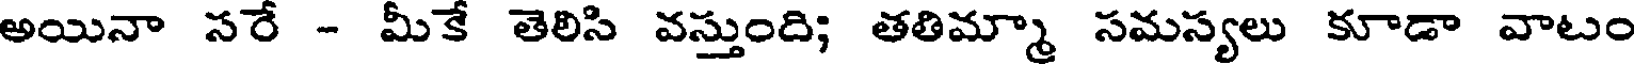
అయినా సరే - మీకే తెలిసి వస్తుంది; తతిమ్మా సమస్యలు కూడా వాటం